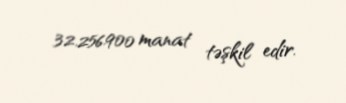
32.256.900 manat təşkil edir.